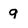
Character: 9